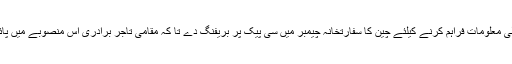
انہوں نے کہا کہ اس اہم منصوبے کے بارے میں نجی شعبہ کو تفصیلی معلومات فراہم کرنے کیلئے چین کا سفارتخانہ چیمبر میں سی پیک پر بریفنگ دے تا کہ مقامی تاجر برادری اس منصوبے میں پائے جانے والے کاروباری مواقعوں سے بہتر استفادہ حاصل کر سکے۔